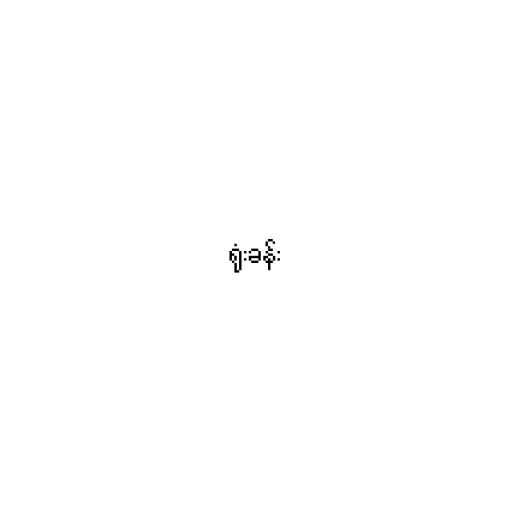
ရုံးခန်း